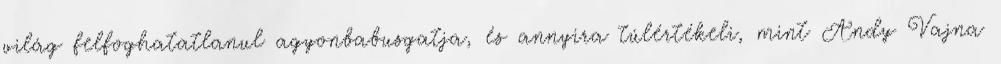
világ felfoghatatlanul agyonbabusgatja, és annyira túlértékeli, mint Andy Vajna